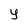
Character: Y